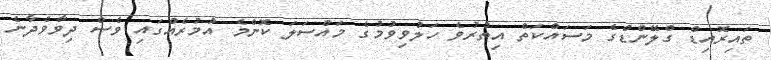
ތައިރޮއިޑް ގްލޭންޑްގެ މަސައްކަތް އިތުރުވެ ހަލުވިވުމުގެ މައްސަލަ ކޮންމެ އުމުރެއްގައި ވެސް ދިވާވެދާނެ